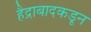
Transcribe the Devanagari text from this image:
हैद्राबादकडून